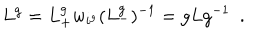
LaTeX: L ^ { g } = L _ { + } ^ { g } w _ { i ^ { g } } ( L _ { - } ^ { g } ) ^ { - 1 } = g L g ^ { - 1 } \ \ .